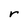
Character: r